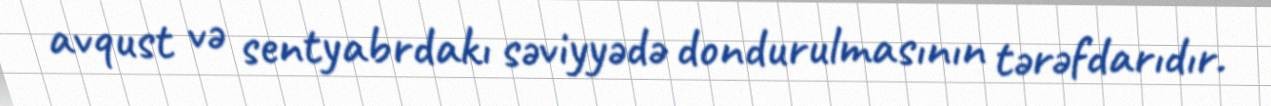
avqust və sentyabrdakı səviyyədə dondurulmasının tərəfdarıdır.